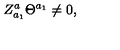
Z _ { a _ { 1 } } ^ { a } \Theta ^ { a _ { 1 } } \neq 0 ,